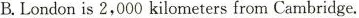
B.Londonis 2, 000 kilometers from Cambridge.